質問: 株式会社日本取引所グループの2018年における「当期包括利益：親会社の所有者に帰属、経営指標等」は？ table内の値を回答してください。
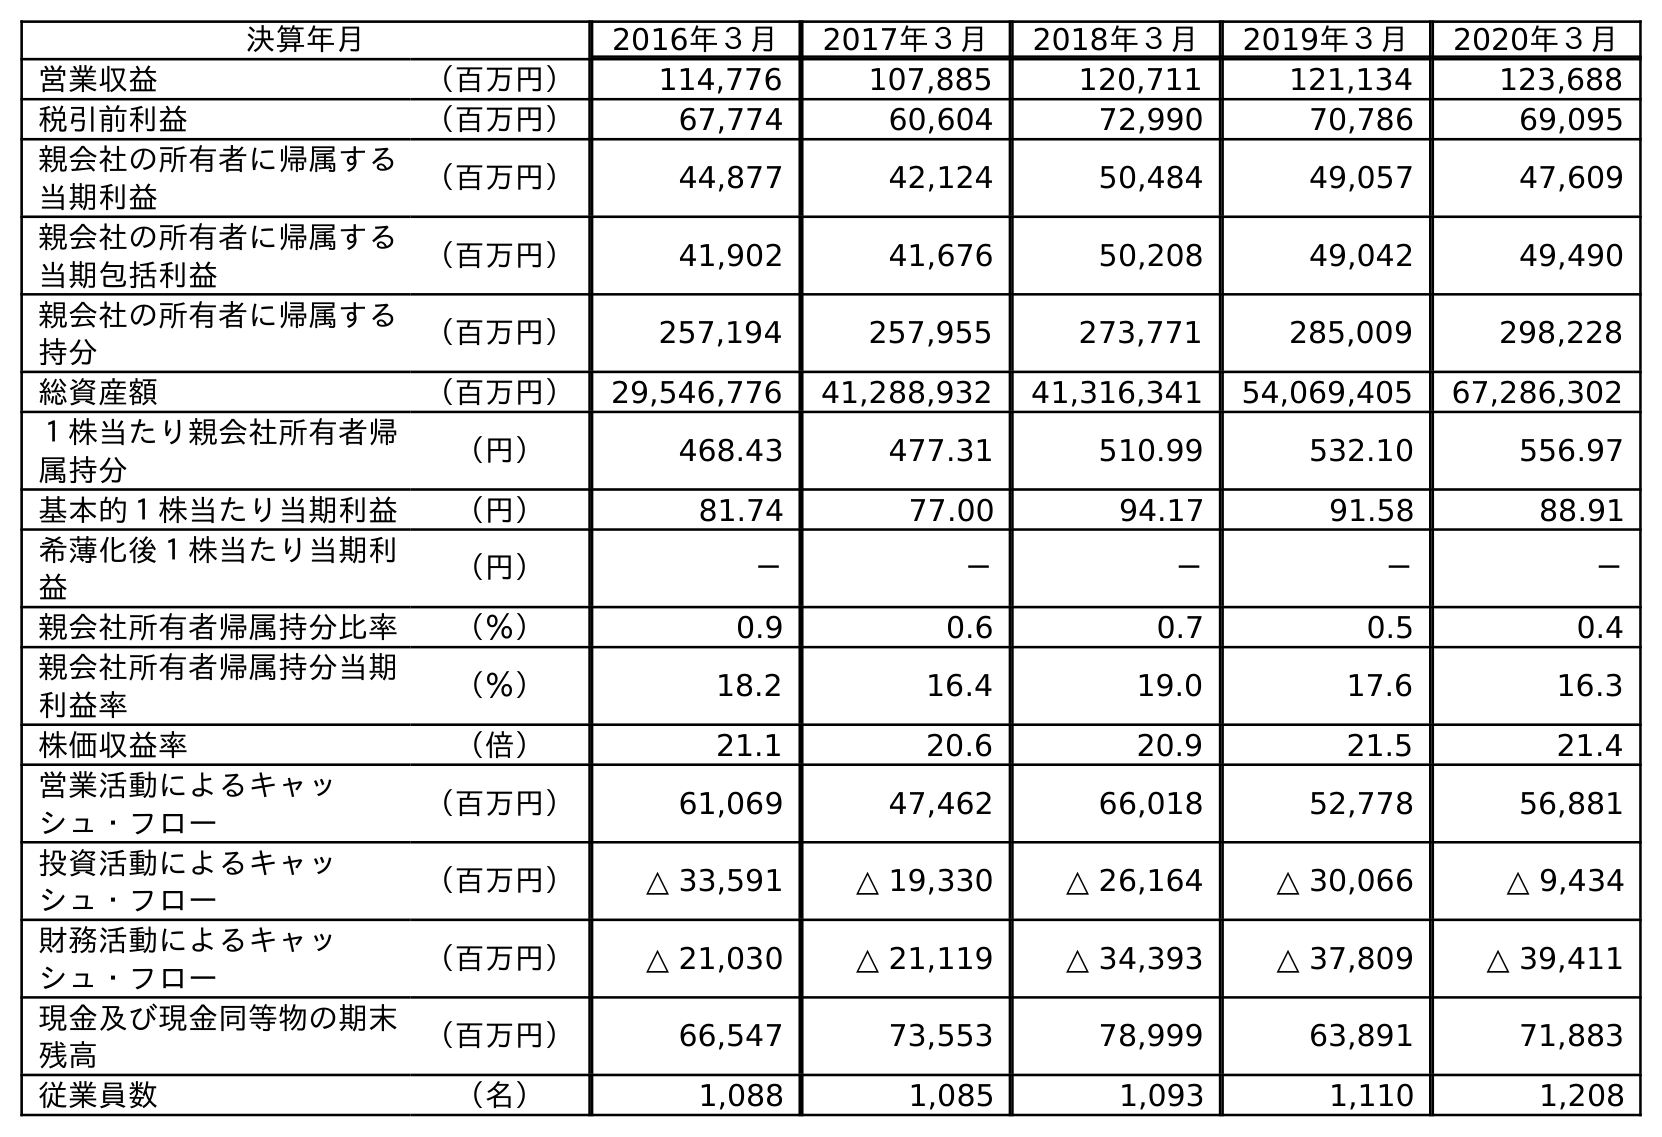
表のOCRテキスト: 決算年月 2016年３月 2017年３月 2018年３月 2019年３月 2020年３月 営業収益 （百万円） 114,776 107,885 120,711 121,134 123,688 税引前利益 （百万円） 67,774 60,604 72,990 70,786 69,095 親会社の所有者に帰属する 当期利益 （百万円） 44,877 42,124 50,484 49,057 47,609 親会社の所有者に帰属する 当期包括利益 （百万円） 41,902 41,676 50,208 49,042 49,490 親会社の所有者に帰属する 持分 （百万円） 257,194 257,955 273,771 285,009 298,228 総資産額 （百万円） 29,546,776 41,288,932 41,316,341 54,069,405 67,286,302 １株当たり親会社所有者帰 属持分 （円） 468.43 477.31 510.99 532.10 556.97 基本的１株当たり当期利益 （円） 81.74 77.00 94.17 91.58 88.91 希薄化後１株当たり当期利 益 （円） － － － － － 親会社所有者帰属持分比率 （％） 0.9 0.6 0.7 0.5 0.4 親会社所有者帰属持分当期 利益率 （％） 18.2 16.4 19.0 17.6 16.3 株価収益率 （倍） 21.1 20.6 20.9 21.5 21.4 営業活動によるキャッ シュ・フロー （百万円） 61,069 47,462 66,018 52,778 56,881 投資活動によるキャッ シュ・フロー （百万円） △ 33,591 △ 19,330 △ 26,164 △ 30,066 △ 9,434 財務活動によるキャッ シュ・フロー （百万円） △ 21,030 △ 21,119 △ 34,393 △ 37,809 △ 39,411 現金及び現金同等物の期末 残高 （百万円） 66,547 73,553 78,999 63,891 71,883 従業員数 （名） 1,088 1,085 1,093 1,110 1,208
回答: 50,208